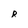
Character: R